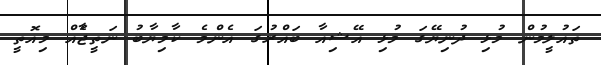
ތައުލީމުން މުޅި ދުނިޔޭގަ މުޅި އޭޝިއާ ބައްރުގަ އެންމެ ކާމިޔާބު ނަތީޖާެއް މިއޮތީ